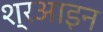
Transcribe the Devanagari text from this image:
श्रआइन